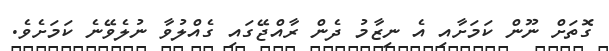
ގޮތަށް ނޫން ކަމަށާއި އެ ނިޒާމު ދެން ރާއްޖޭގައި ގެއްލުވާ ނުލެވޭނެ ކަމަށެވެ.